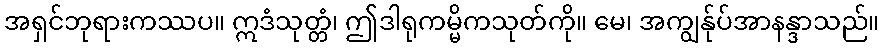
အရှင်ဘုရားကဿပ။ ဣဒံသုတ္တံ၊ ဤဒါရုကမ္မိကသုတ်ကို။ မေ၊ အကျွန်ုပ်အာနန္ဒာသည်။